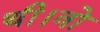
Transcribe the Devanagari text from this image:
थी।वो